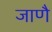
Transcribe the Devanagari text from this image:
जाणै